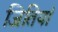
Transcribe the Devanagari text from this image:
जितियां